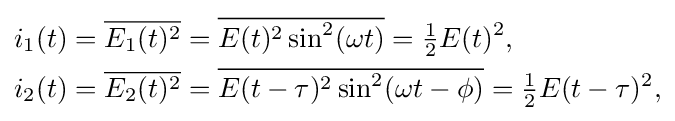
{\begin{aligned}i_{1}(t)&={\overline {E_{1}(t)^{2}}}={\overline {E(t)^{2}\sin ^{2}(\omega t)}}={\tfrac {1}{2}}E(t)^{2},\\i_{2}(t)&={\overline {E_{2}(t)^{2}}}={\overline {E(t-\tau )^{2}\sin ^{2}(\omega t-\phi )}}={\tfrac {1}{2}}E(t-\tau )^{2},\end{aligned}}